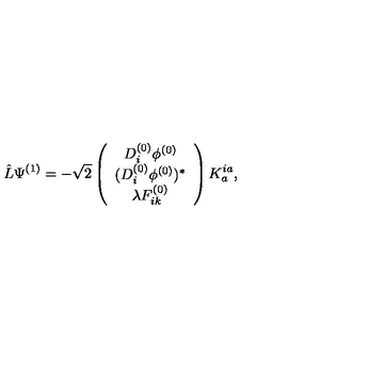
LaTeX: \hat { L } \Psi ^ { ( 1 ) } = - \sqrt { 2 } \left( \begin{array} { c } { D _ { i } ^ { ( 0 ) } \phi ^ { ( 0 ) } } \\ { ( D _ { i } ^ { ( 0 ) } \phi ^ { ( 0 ) } ) ^ { \ast } } \\ { \lambda F _ { i k } ^ { ( 0 ) } } \\ \end{array} \right) K _ { a } ^ { i a } ,